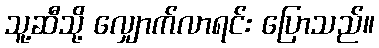
သူ့ဆီသို့ လျှောက်လာရင်း ပြောသည်။